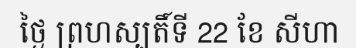
ថ្ងៃ ព្រហស្បតិ៍ទី 22 ខែ សីហា